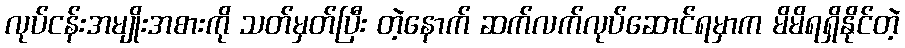
လုပ်ငန်းအမျိုးအစားကို သတ်မှတ်ပြီး တဲ့နောက် ဆက်လက်လုပ်ဆောင်ရမှာက မိမိရရှိနိုင်တဲ့